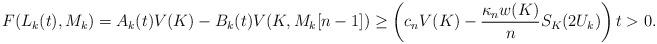
LaTeX: \begin{align*} F(L_k(t), M_k)=A_k(t) V(K)-B_k(t)V(K,M_k[n-1]) \geq \left( c_n V(K)- \frac{\kappa_n w(K)}{n} S_K(2U_k) \right) t >0.\end{align*}